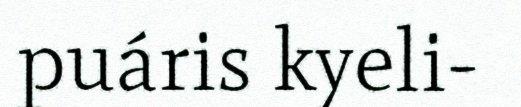
puáris kyeli-